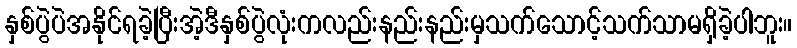
နှစ်ပွဲပဲအနိုင်ရခဲ့ပြီးအဲ့ဒီနှစ်ပွဲလုံးကလည်းနည်းနည်းမှသက်သောင့်သက်သာမရှိခဲ့ပါဘူး။